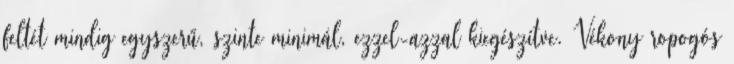
feltét mindig egyszerű, szinte minimál, ezzel-azzal kiegészítve. Vékony ropogós